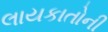
લાયકાતોની